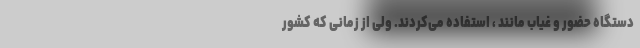
دستگاه حضور و غیاب مانند ، استفاده می‌کردند. ولی از زمانی که کشور